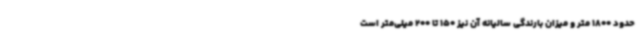
حدود 1800 متر و میزان بارندگی سالیانه آن نیز 150 تا 200 میلی‌متر است